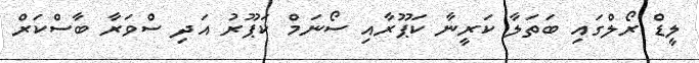
ލީޑް ރޯލްގައި ބަތަލާ ކަރީނާ ކަޕޫރާއި ސޯނަމް ކަޕޫރު އަދި ސްވަރާ ބާސްކަރް